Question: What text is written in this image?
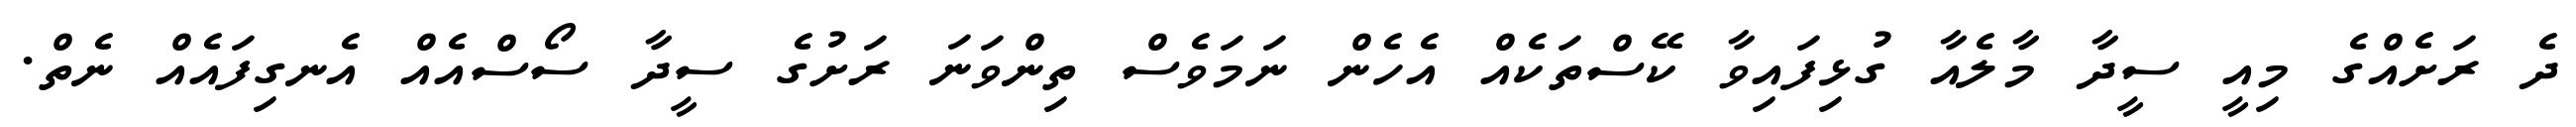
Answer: ދެ ރަށެއްގެ މިއީ ސީދާ މާލެއާ ގުޅިފައިވާ ކޭސްތަކެއް އެހެން ނަމަވެސް ތިންވަނަ ރަށުގެ ސީދާ ސޯސްއެއް އެނގިފައެއް ނެތް.